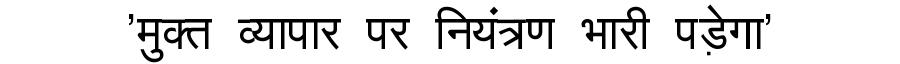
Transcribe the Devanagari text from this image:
'मुक्त व्यापार पर नियंत्रण भारी पड़ेगा'